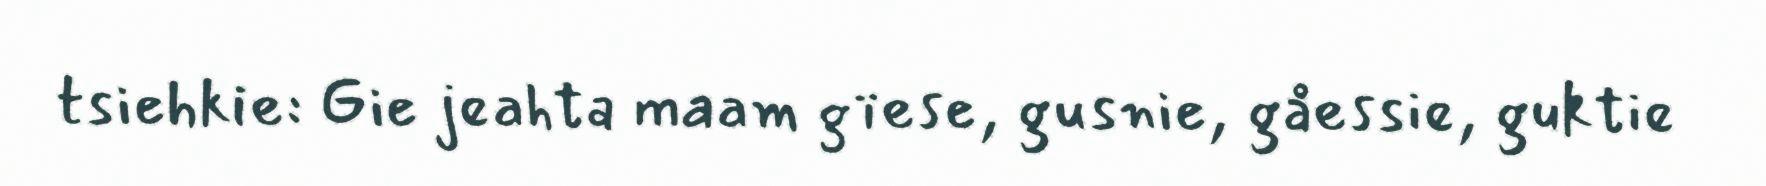
tsiehkie: Gie jeahta maam gïese, gusnie, gåessie, guktie